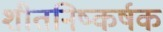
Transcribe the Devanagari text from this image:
शीतनिष्कर्षक